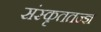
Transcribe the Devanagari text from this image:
संस्कृततज्ज्ञ